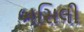
બસિલી